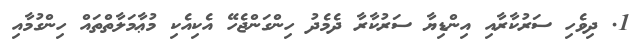
1. ދިވެހި ސަރުކާރާއި އިންޑިޔާ ސަރުކާރާ ދެމެދު ހިންގަންޖެހޭ އެކިއެކި މުޢާމަލާތްތައް ހިންގުމާއި